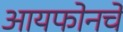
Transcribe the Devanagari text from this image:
आयफोनचे